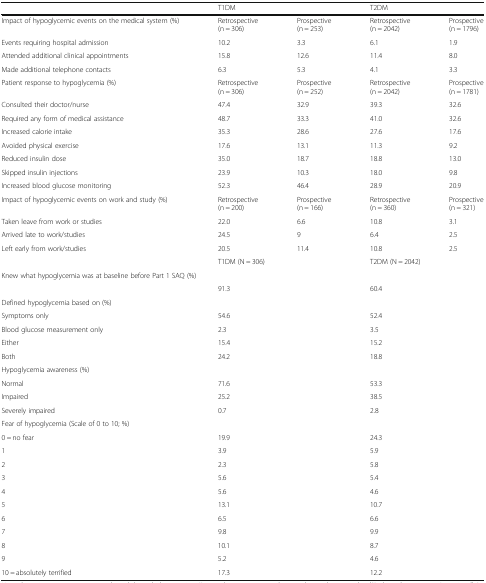
<table><thead><tr><td></td><td colspan="2"><b>T1DM</b></td><td colspan="2"><b>T2DM</b></td></tr></thead><tbody><tr><td>Impact of hypoglycemic events on the medical system (%)</td><td>Retrospective(n = 306)</td><td>Prospective(n = 253)</td><td>Retrospective(n = 2042)</td><td>Prospective(n = 1796)</td></tr><tr><td>Events requiring hospital admission</td><td>10.2</td><td>3.3</td><td>6.1</td><td>1.9</td></tr><tr><td>Attended additional clinical appointments</td><td>15.8</td><td>12.6</td><td>11.4</td><td>8.0</td></tr><tr><td>Made additional telephone contacts</td><td>6.3</td><td>5.3</td><td>4.1</td><td>3.3</td></tr><tr><td>Patient response to hypoglycemia (%)</td><td>Retrospective(n = 306)</td><td>Prospective(n = 252)</td><td>Retrospective(n = 2042)</td><td>Prospective(n = 1781)</td></tr><tr><td>Consulted their doctor/nurse</td><td>47.4</td><td>32.9</td><td>39.3</td><td>32.6</td></tr><tr><td>Required any form of medical assistance</td><td>48.7</td><td>33.3</td><td>41.0</td><td>32.6</td></tr><tr><td>Increased calorie intake</td><td>35.3</td><td>28.6</td><td>27.6</td><td>17.6</td></tr><tr><td>Avoided physical exercise</td><td>17.6</td><td>13.1</td><td>11.3</td><td>9.2</td></tr><tr><td>Reduced insulin dose</td><td>35.0</td><td>18.7</td><td>18.8</td><td>13.0</td></tr><tr><td>Skipped insulin injections</td><td>23.9</td><td>10.3</td><td>18.0</td><td>9.8</td></tr><tr><td>Increased blood glucose monitoring</td><td>52.3</td><td>46.4</td><td>28.9</td><td>20.9</td></tr><tr><td>Impact of hypoglycemic events on work and study (%)</td><td>Retrospective(n = 200)</td><td>Prospective(n = 166)</td><td>Retrospective(n = 360)</td><td>Prospective(n = 321)</td></tr><tr><td>Taken leave from work or studies</td><td>22.0</td><td>6.6</td><td>10.8</td><td>3.1</td></tr><tr><td>Arrived late to work/studies</td><td>24.5</td><td>9</td><td>6.4</td><td>2.5</td></tr><tr><td>Left early from work/studies</td><td>20.5</td><td>11.4</td><td>10.8</td><td>2.5</td></tr><tr><td></td><td colspan="2">T1DM (N = 306)</td><td colspan="2">T2DM (N = 2042)</td></tr><tr><td colspan="5">Knew what hypoglycemia was at baseline before Part 1 SAQ (%)</td></tr><tr><td></td><td colspan="2">91.3</td><td colspan="2">60.4</td></tr><tr><td colspan="5">Defined hypoglycemia based on (%)</td></tr><tr><td>Symptoms only</td><td colspan="2">54.6</td><td colspan="2">52.4</td></tr><tr><td>Blood glucose measurement only</td><td colspan="2">2.3</td><td colspan="2">3.5</td></tr><tr><td>Either</td><td colspan="2">15.4</td><td colspan="2">15.2</td></tr><tr><td>Both</td><td colspan="2">24.2</td><td colspan="2">18.8</td></tr><tr><td colspan="5">Hypoglycemia awareness (%)</td></tr><tr><td>Normal</td><td colspan="2">71.6</td><td colspan="2">53.3</td></tr><tr><td>Impaired</td><td colspan="2">25.2</td><td colspan="2">38.5</td></tr><tr><td>Severely impaired</td><td colspan="2">0.7</td><td colspan="2">2.8</td></tr><tr><td colspan="5">Fear of hypoglycemia (Scale of 0 to 10; %)</td></tr><tr><td>0 = no fear</td><td colspan="2">19.9</td><td colspan="2">24.3</td></tr><tr><td>1</td><td colspan="2">3.9</td><td colspan="2">5.9</td></tr><tr><td>2</td><td colspan="2">2.3</td><td colspan="2">5.8</td></tr><tr><td>3</td><td colspan="2">5.6</td><td colspan="2">5.4</td></tr><tr><td>4</td><td colspan="2">5.6</td><td colspan="2">4.6</td></tr><tr><td>5</td><td colspan="2">13.1</td><td colspan="2">10.7</td></tr><tr><td>6</td><td colspan="2">6.5</td><td colspan="2">6.6</td></tr><tr><td>7</td><td colspan="2">9.8</td><td colspan="2">9.9</td></tr><tr><td>8</td><td colspan="2">10.1</td><td colspan="2">8.7</td></tr><tr><td>9</td><td colspan="2">5.2</td><td colspan="2">4.6</td></tr><tr><td>10 = absolutely terrified</td><td colspan="2">17.3</td><td colspan="2">12.2</td></tr></tbody></table>